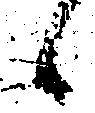
候